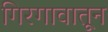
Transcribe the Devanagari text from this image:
गिरगावातून